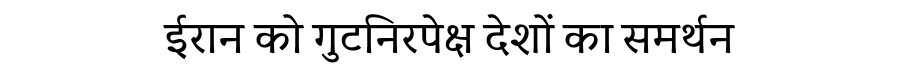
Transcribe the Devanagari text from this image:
ईरान को गुटनिरपेक्ष देशों का समर्थन